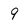
Character: 9